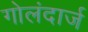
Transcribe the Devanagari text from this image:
गोलंदार्ज